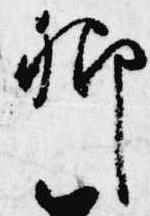
卿